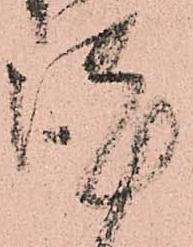
謹